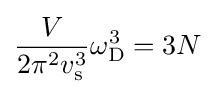
{\frac {V}{2\pi ^{2}v_{\rm {s}}^{3}}}\omega _{\rm {D}}^{3}=3N